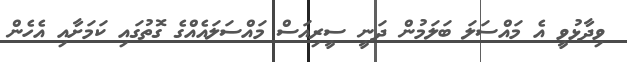
ވިދާޅުވީ އެ މައްސަލަ ބަލަމުން ދަނީ ސީރިއަސް މައްސަލައެއްގެ ގޮތުގައި ކަމަށާއި އެހެން